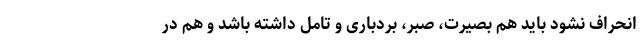
انحراف نشود باید هم بصیرت، صبر، بردباری و تامل داشته باشد و هم در